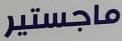
ماجستير